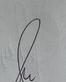
Signature authenticity: genuine